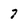
Character: 7